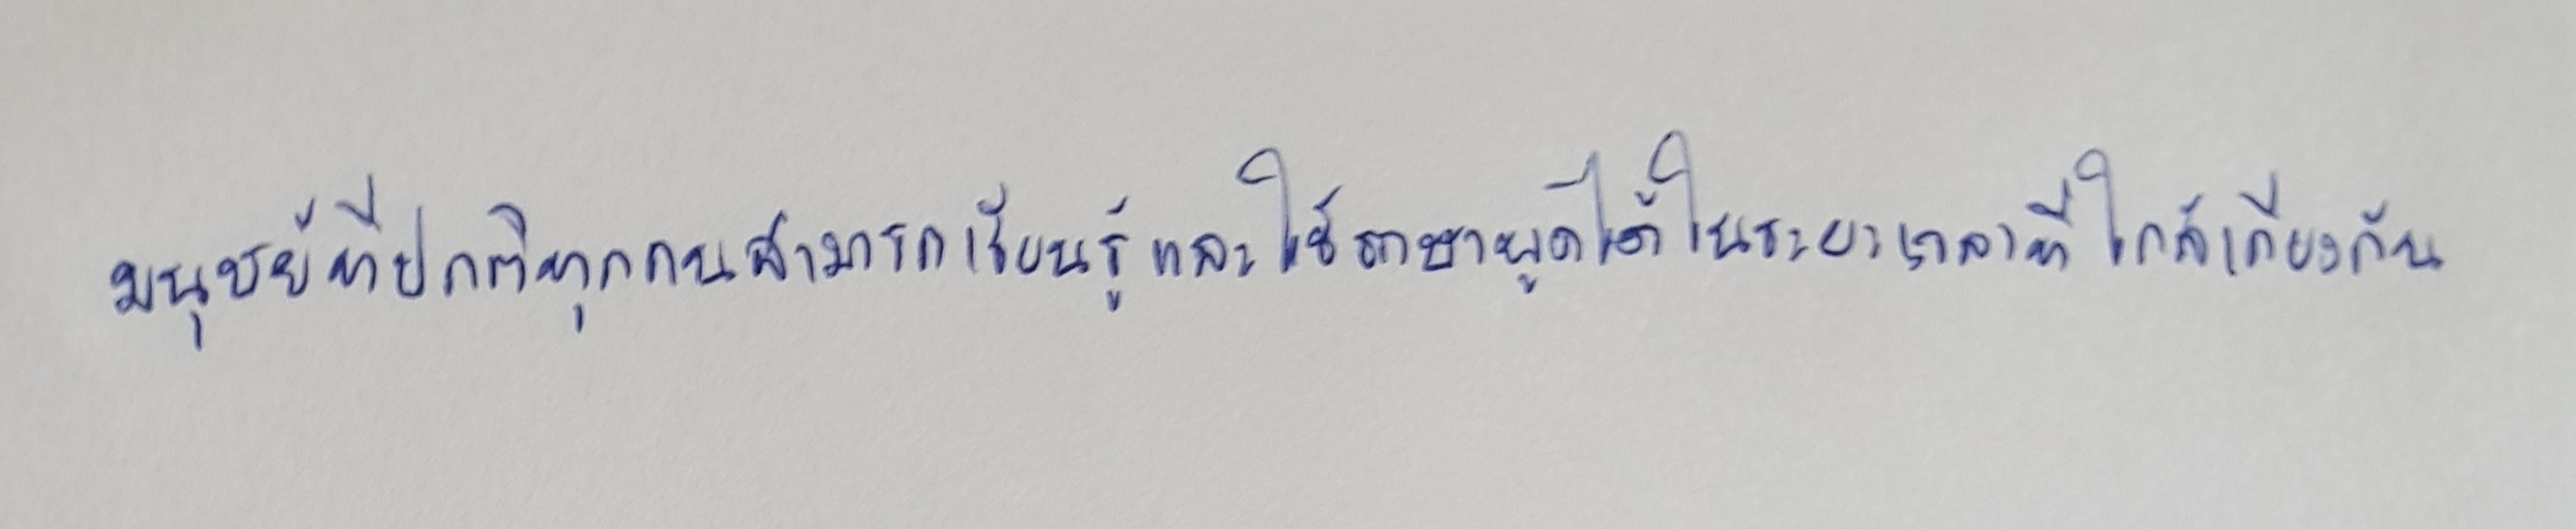
มนุษย์ที่ปกติทุกคนสามารถเรียนรู้และใช้ภาษาพูดได้ในระยะเวลาที่ใกล้เคียงกัน